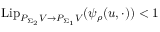
\mathrm { L i p } _ { P _ { \Sigma _ { 2 } } V \to P _ { \Sigma _ { 1 } } V } ( \psi _ { \rho } ( u , \cdot ) ) < 1